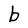
Character: b